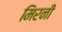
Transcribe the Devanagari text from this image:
मिरनी